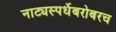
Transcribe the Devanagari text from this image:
नाट्यस्पर्धेबरोबरच